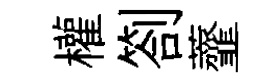
權劄虀